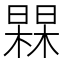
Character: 𭬀